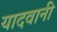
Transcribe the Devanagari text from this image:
यादवानी